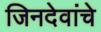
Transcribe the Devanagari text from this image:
जिनदेवांचे